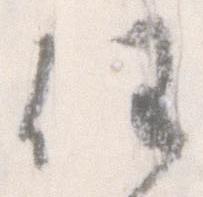
任